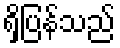
ရှိပြန်သည်